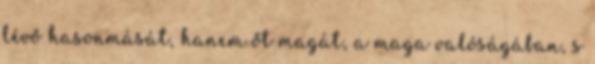
lévő hasonmását, hanem őt magát, a maga valóságában, s